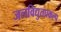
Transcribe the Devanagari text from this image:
जलविद्युतप्रकल्प